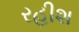
રહીશ